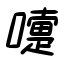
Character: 嚏